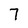
Character: 7